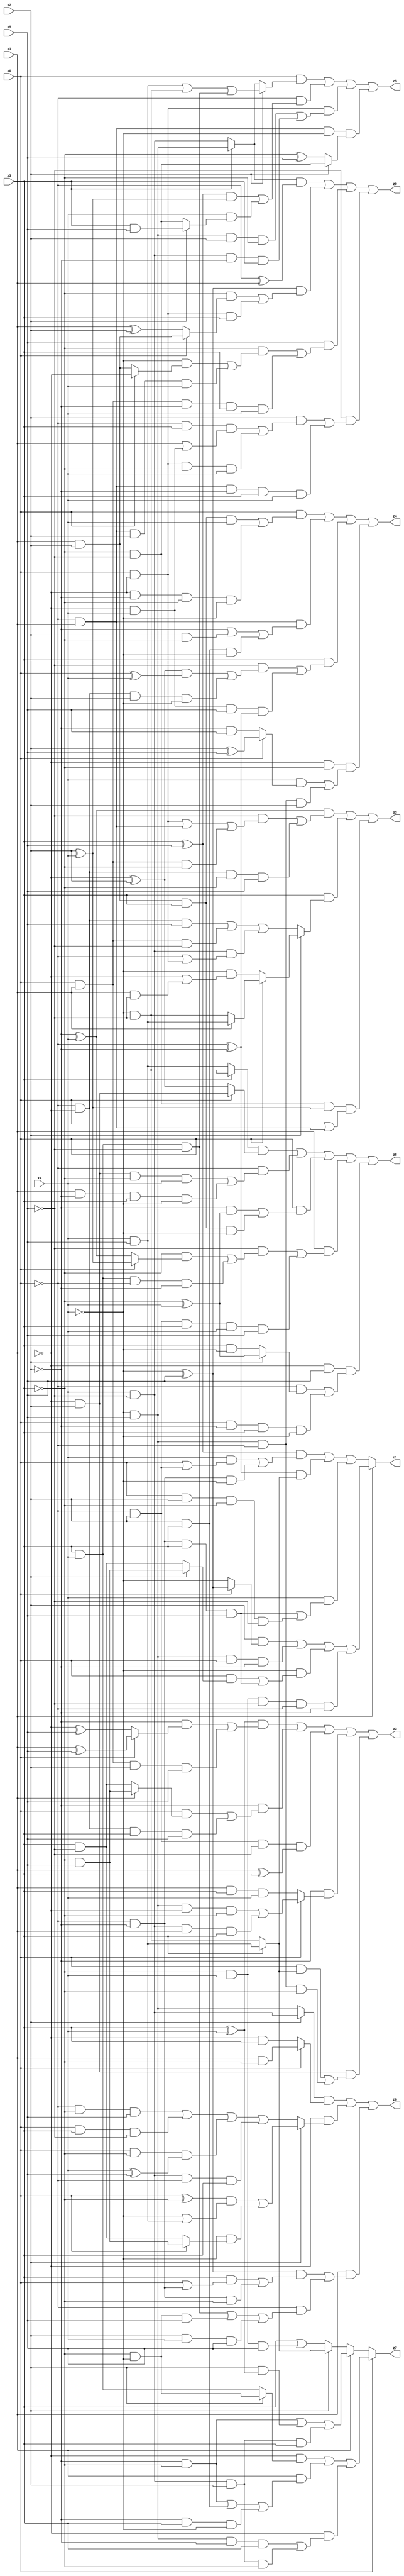
// Benchmark "X_33" written by ABC on Tue Jun 06 22:24:10 2023

module X_33 ( 
    x0, x1, x2, x3, x4, x5,
    z0, z1, z2, z3, z4, z5, z6, z7, z8  );
  input  x0, x1, x2, x3, x4, x5;
  output z0, z1, z2, z3, z4, z5, z6, z7, z8;
  assign z0 = ((x3 ? (~x4 & x5) : (x4 & ~x5)) & (~x0 ^ x1)) | ((~x4 ^ x5) & ((~x3 & (x0 ? (x1 & x2) : (x1 ^ x2))) | (x0 & ~x1 & x3))) | (x5 & ((~x3 & ((~x4 & (x0 ? ~x1 : (x1 & x2))) | (~x0 & x1 & x2 & x4))) | (x0 & x1 & ~x2 & x3 & x4))) | (~x5 & ((x2 & ((~x0 & x3 & (x1 | (~x1 & x4))) | (x0 & ~x1 & ~x3 & x4))) | (~x0 & x1 & ~x2 & x3 & x4)));
  assign z1 = x1 ? ((x2 & (x0 ? (~x4 ^ x5) : ~x4)) | (~x4 & x5 & x0 & ~x2) | (~x4 & ((x0 & (x2 ? (~x3 & x5) : (x3 & ~x5))) | (~x0 & ~x2 & x3 & x5))) | (~x3 & x4 & ~x5 & ~x0 & ~x2)) : (((x3 ^ x5) & ((x4 & (x0 | (~x0 & x2))) | (~x0 & ~x2 & ~x4))) | ((~x0 ^ ~x2) & (x3 ? (x4 & x5) : (~x4 & ~x5))) | (x4 & ((~x0 & ~x2 & x3 & x5) | (x0 & x2 & ~x3 & ~x5))));
  assign z2 = ((x3 ^ x4) & ((~x2 & (x0 ? (x1 ^ x5) : (~x1 ^ x5))) | (x0 & x1 & x2 & x5))) | (~x2 & ((x0 & (x1 ? (~x3 & x5) : (x3 & ~x5))) | (~x0 & ~x1 & x3 & x5))) | (~x0 & x2 & ~x5 & (x1 ^ x3)) | (~x2 & (x0 ? ((~x4 & x5 & ~x1 & ~x3) | (x4 & ~x5 & x1 & x3)) : (x1 & x3 & x4))) | (~x1 & x2 & ((x0 & (x3 ? (x4 & x5) : (~x4 & ~x5))) | (~x4 & x5 & ~x0 & ~x3)));
  assign z3 = ((~x2 ^ x4) & ((~x5 & ((x0 & ~x1) | (~x0 & x1) | (x0 & x1 & ~x3))) | (~x0 & ~x1 & ~x3 & x5))) | (x3 & (x2 ? (x0 ? (x1 ? (x4 & x5) : (~x4 & ~x5)) : (~x4 & (~x1 | (x1 & ~x5)))) : ((~x0 & ~x1 & x5) | (x0 & x1 & ~x5) | (x4 & ~x5 & (~x0 | (x0 & ~x1)))))) | (~x3 & ~x5 & (x2 ^ x4) & (x0 | (~x0 & x1)));
  assign z4 = (x0 & ((x1 & x2 & x3 & x4) | (~x1 & ~x2 & ~x3 & ~x4))) | (~x0 & x1 & (~x2 | (x2 & ~x3) | (x2 & x3 & ~x4))) | (x3 & ((~x5 & (((~x1 ^ x2) & (x0 ^ x4)) | (~x0 & ~x1 & x2 & ~x4))) | (~x1 & x4 & x5 & (~x0 ^ ~x2)))) | (~x1 & ~x3 & ((x4 & (x0 ? (x2 ^ x5) : (~x2 & x5))) | (~x4 & x5 & ~x0 & x2)));
  assign z5 = (x0 & (x2 ? ((x4 & x5) | (~x4 & ~x5) | (x3 & x4 & ~x5)) : (x3 ? (~x4 & x5) : (x4 & ~x5)))) | (~x0 & (((x3 ^ x5) & (x2 ^ x4)) | (x4 & (x2 ? (x3 & x5) : (~x3 & ~x5))))) | (x0 & ~x1 & ((~x4 & x5 & x2 & ~x3) | (x4 & ~x5 & ~x2 & x3))) | (~x0 & x1 & ~x4 & (x2 ? (~x3 & ~x5) : (~x3 ^ x5)));
  assign z6 = ((x2 ? (x4 & ~x5) : (~x4 & x5)) & (x0 ? (x1 & ~x3) : (~x1 & x3))) | (~x1 & (x2 ? (((x0 ^ ~x3) & (~x4 | (x4 & x5))) | (~x4 & (x0 ? (~x3 & x5) : (x3 & ~x5)))) : ((~x0 & ~x3 & x5) | (x0 & x3 & ~x5) | (x0 & ~x3 & (x4 ^ x5)) | (x4 & ~x5 & ~x0 & x3)))) | (x1 & (((~x4 ^ x5) & ((x3 & (x0 | (~x0 & ~x2))) | (~x0 & ~x2 & ~x3))) | (~x0 & ((x3 & x4 & ~x5) | (~x3 & ~x4 & x5) | (x2 & x4 & x5)))));
  assign z7 = x0 ? ((~x1 & (x2 ? (~x3 & ~x4) : (x3 & x4))) | (x1 & ((~x2 & ~x3) | (x2 & x3) | (~x2 & x3 & ~x4))) | (~x1 & ((~x4 & x5 & ~x2 & x3) | (x4 & ~x5 & x2 & ~x3)))) : (x1 ? ((~x2 & ~x3) | (x2 & (x3 ^ x4)) | (x4 & ~x5 & x2 & x3)) : (x2 ? (x3 ? (x4 & x5) : (~x4 & ~x5)) : (x3 | (~x3 & x4 & x5))));
  assign z8 = ((x3 ? (~x4 & ~x5) : (x4 & x5)) & (x0 ? (~x1 & x2) : (~x1 ^ x2))) | (~x0 & ((~x1 & x2 & ~x3 & x4) | (x1 & ~x2 & x3 & ~x4))) | (x0 & ((~x2 & (~x3 ^ x4)) | (x1 & x2 & x3 & ~x4))) | (x1 & ((~x5 & ((~x3 & (x0 ? (x2 ^ x4) : (~x2 ^ x4))) | (x3 & x4 & ~x0 & ~x2))) | (~x0 & x2 & x3 & x4 & x5))) | (~x1 & x5 & ((~x0 & (x2 ? (~x3 ^ x4) : (x3 & ~x4))) | (x0 & ~x2 & x3 & ~x4)));
endmodule